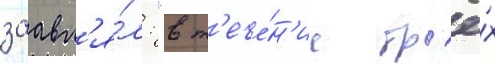
заавл'я́л: "в т'ече́н'ие тр'ё́х